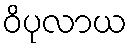
ဝိပုလာယ